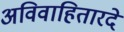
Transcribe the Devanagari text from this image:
अविवाहितारदे